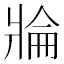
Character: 𱭓